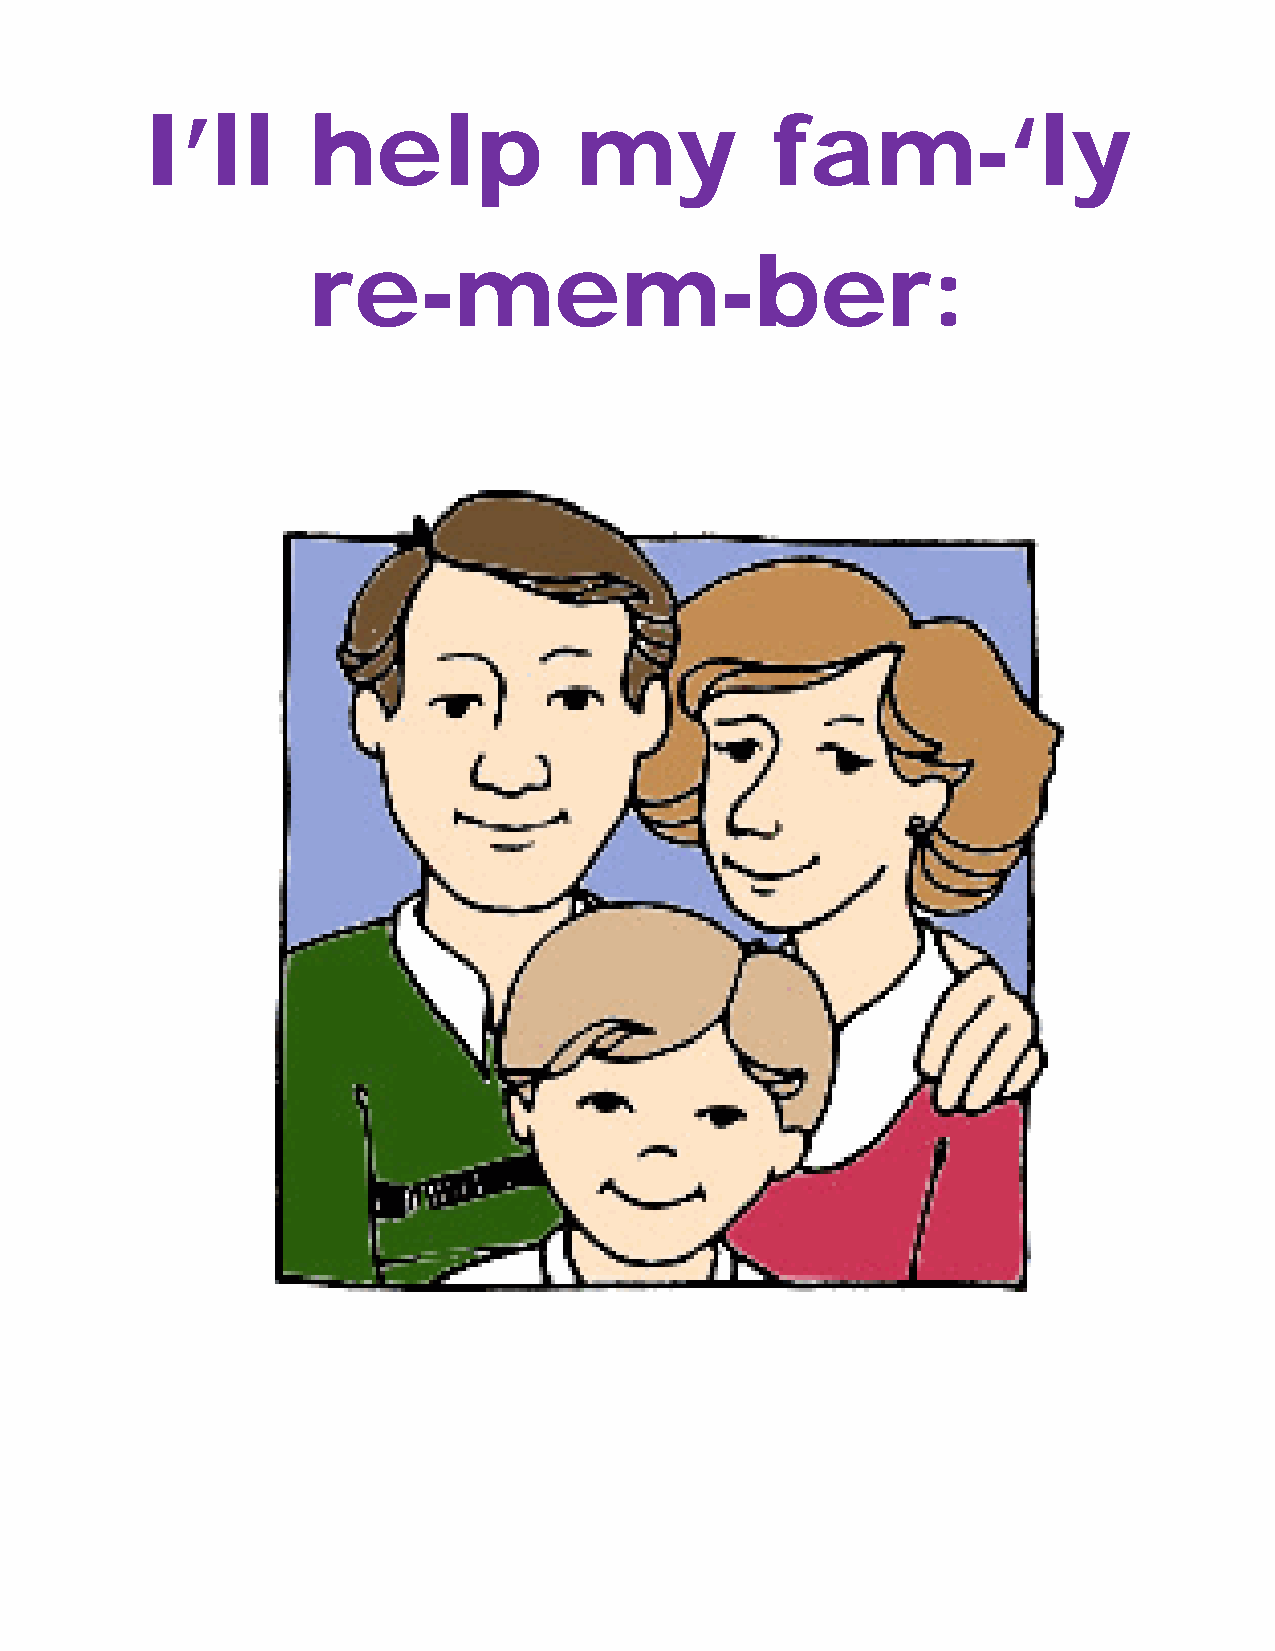
I’ll       help              my           fam-‘ly
 re-mem-ber: